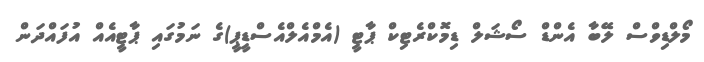
މޯލްޑިވްސް ލޭބާ އެންޑް ސޯޝަލް ޑިމޮކްރެޓިކް ޕާޓީ (އެމްއެލްއެސްޑީޕީ)ގެ ނަމުގައި ޕާޓީއެއް އުފައްދަން